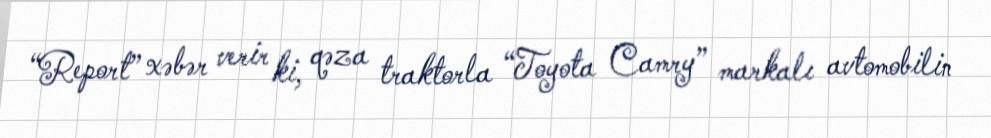
“Report” xəbər verir ki, qəza traktorla “Toyota Camry” markalı avtomobilin